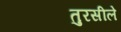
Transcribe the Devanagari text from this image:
तुरसीले